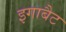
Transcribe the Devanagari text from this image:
इगाबैट